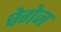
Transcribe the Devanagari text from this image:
चेगेज